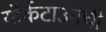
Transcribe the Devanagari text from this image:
यॉर्कटाउनची